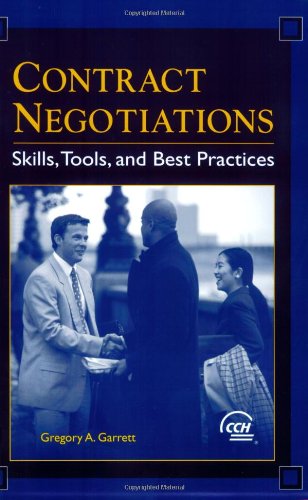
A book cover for Contract Negotiations; Gregory A. Garrett; Business & Money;